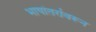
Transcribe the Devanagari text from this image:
भाषांतरांवरून